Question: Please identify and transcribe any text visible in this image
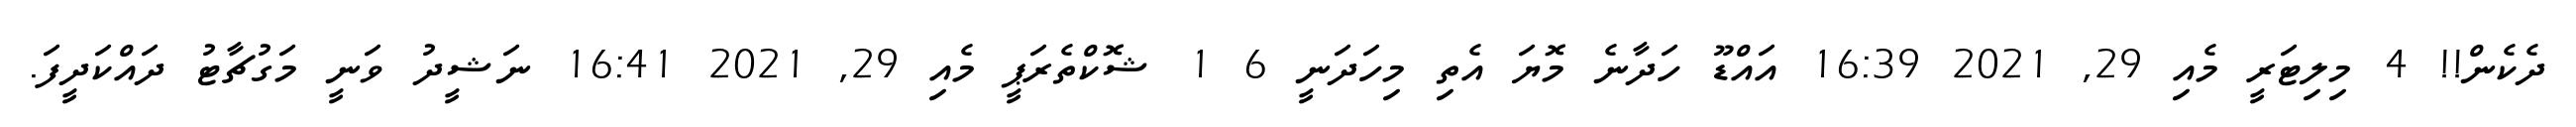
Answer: ދެކެން!! 4 މިލިޓަރީ މެއި 29, 2021 16:39 އައްޑޫ ހަދާނެ މޮޔަ އެތި މިހަދަނީ 6 1 ޝޮކްތެރަޕީ މެއި 29, 2021 16:41 ނަޝީދު ވަނީ މަގުޗާޓު ދައްކަދީފަ.